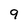
Character: 9